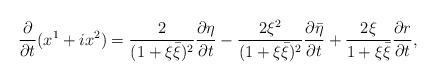
LaTeX: \begin{align*}\frac{\partial}{\partial t}(x^1+ix^2)=\frac{2}{(1+\xi\bar{\xi})^2}\frac{\partial\eta}{\partial t}-\frac{2\xi^2}{(1+\xi\bar{\xi})^2}\frac{\partial\bar{\eta}}{\partial t}+\frac{2\xi}{1+\xi\bar{\xi}}\frac{\partial r}{\partial t},\end{align*}